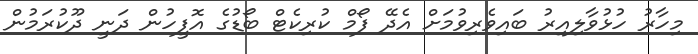
މިހާރު ހުޅުވާލިއިރު ބައިވެރިވުމަށް އެދޭ ފޯމް ކުރިކެޓް ބޯޑުގެ އޮފީހުން ދަނީ ދޫކުރަމުން